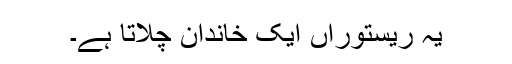
یہ ریستوراں ایک خاندان چلاتا ہے۔